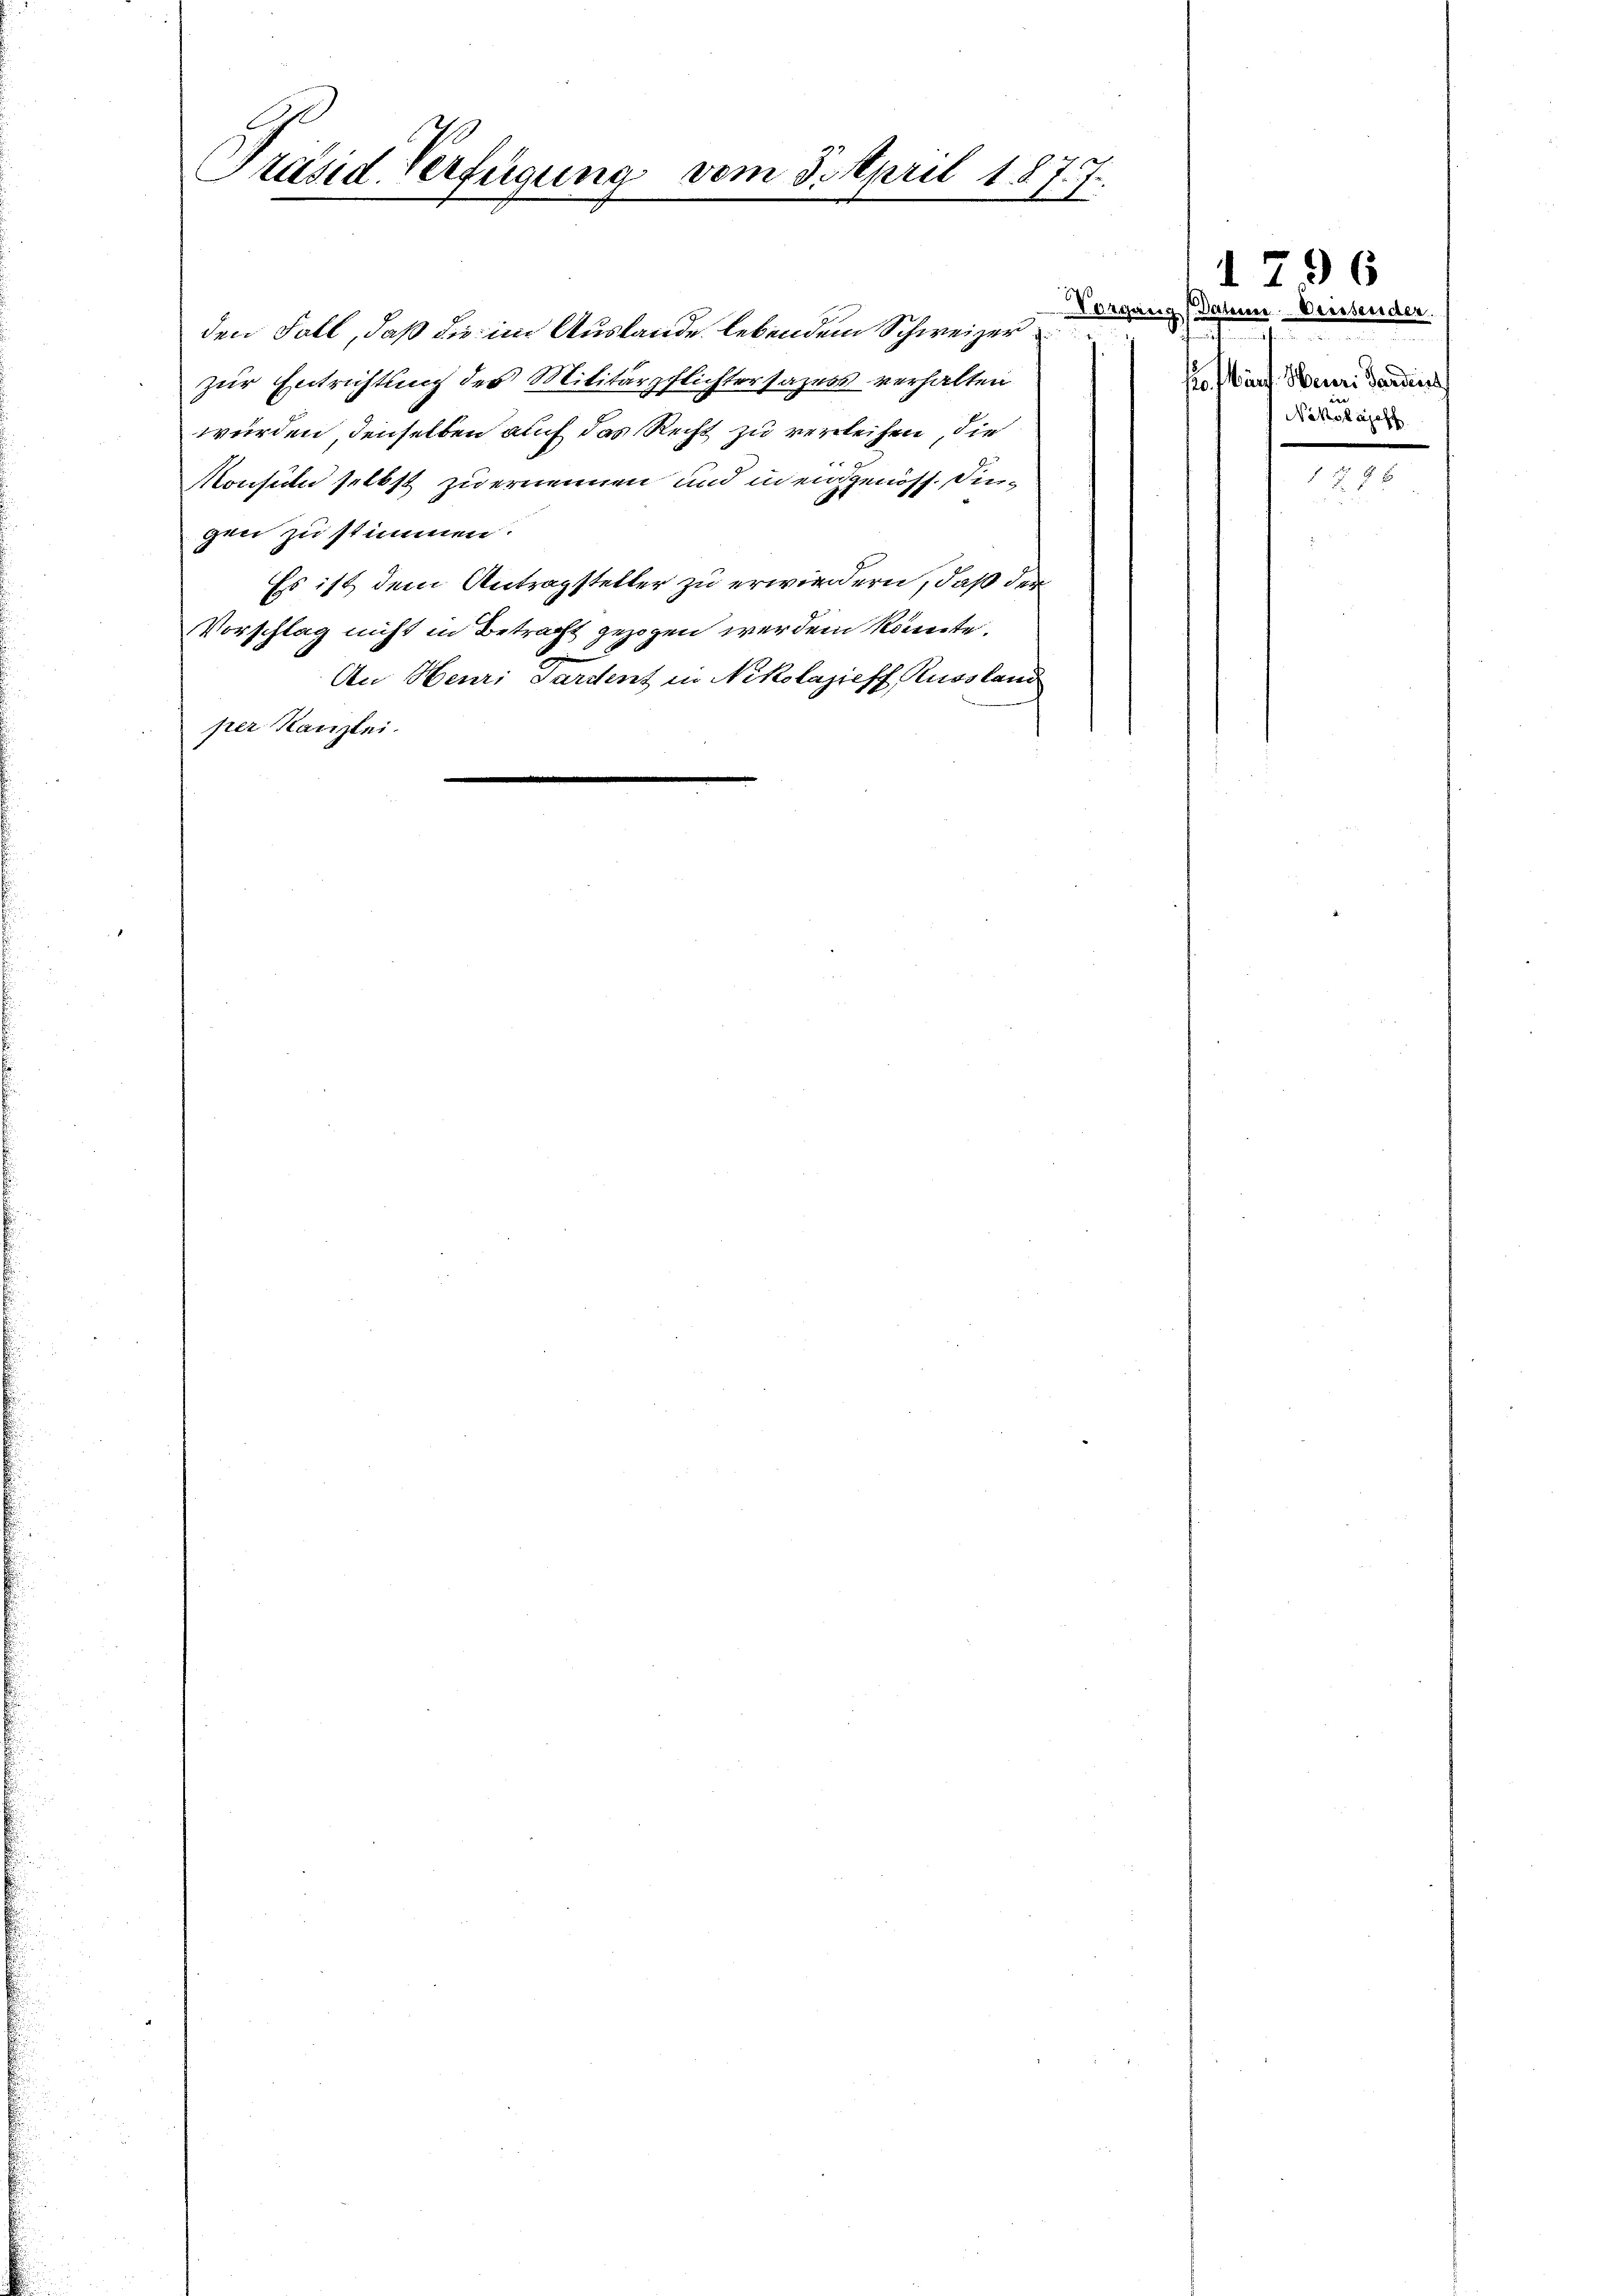
Präsid. Verfügung vom 3. April 1877.

Vorgan
den Fall, daß die im Auslande lebendem Schweizer
zur Entrichtung des Militärpflichtersazess verhalten
würden, denselben auch das Recht zu verleihen, die
Monsili selbst zu ernennen und in eidgenöss. Figen zu stimmen.
Es ist dem Antragsteller zu erwiedern, daß der
Vorschlag nicht in Betracht gezogen werden könnte.
An Heuri Gardent in Nikolajieff Russland
per Kanzlei.

1796
2f Datum Diessender
so auf Neur: Sardines
Nikolasch

§ 8
21